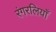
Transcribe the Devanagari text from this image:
रंगरलियाँ